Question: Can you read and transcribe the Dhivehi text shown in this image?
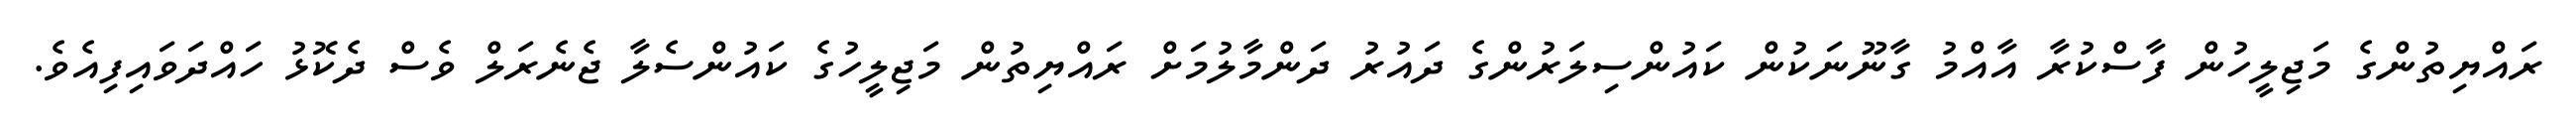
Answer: ރައްޔިތުންގެ މަޖިލީހުން ފާސްކުރާ އާއްމު ގާނޫނަކުން ކައުންސިލަރުންގެ ދައުރު ދަންމާލުމަށް ރައްޔިތުން މަޖިލީހުގެ ކައުންސެލާ ޖެނެރަލް ވެސް ދެކޮޅު ހައްދަވައިފިއެވެ.